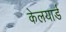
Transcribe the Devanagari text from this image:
केलयार्ड